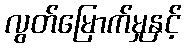
လွတ်မြောက်မှုနှင့်